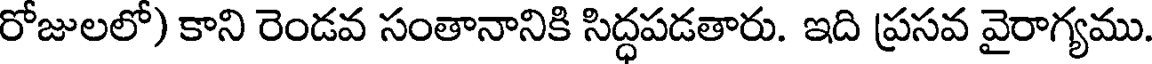
రోజులలో) కాని రెండవ సంతానానికి సిద్ధపడతారు. ఇది ప్రసవ వైరాగ్యము.